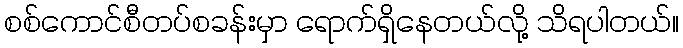
စစ်ကောင်စီတပ်စခန်းမှာ ရောက်ရှိနေတယ်လို့ သိရပါတယ်။